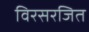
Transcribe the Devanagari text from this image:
विरसरजित